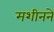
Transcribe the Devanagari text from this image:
मशीनने